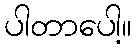
ပါတာပေါ့။